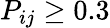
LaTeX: P_{ij}\ge 0.3